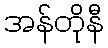
အန်တိုနီ